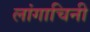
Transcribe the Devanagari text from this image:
लांगाचिनी